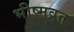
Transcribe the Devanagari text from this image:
भीष्मव्रत